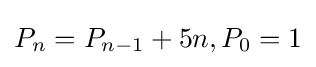
P_{n}=P_{n-1}+5n,P_{0}=1